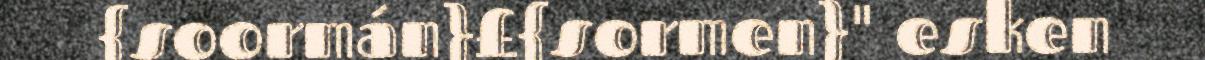
{soormán}£{sormen}" esken